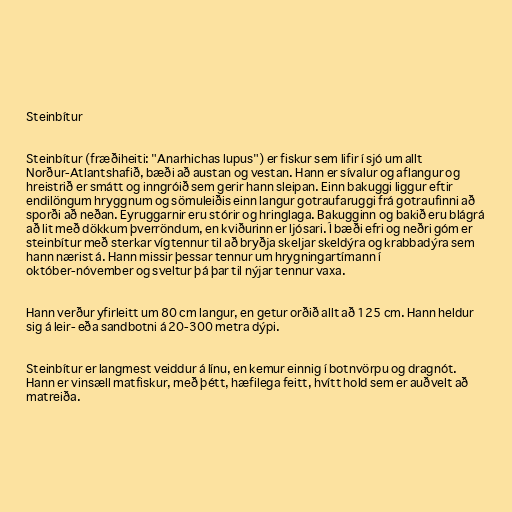
Steinbítur

Steinbítur (fræðiheiti: "Anarhichas lupus") er fiskur sem lifir í sjó um allt
Norður-Atlantshafið, bæði að austan og vestan. Hann er sívalur og aflangur og
hreistrið er smátt og inngróið sem gerir hann sleipan. Einn bakuggi liggur eftir
endilöngum hryggnum og sömuleiðis einn langur gotraufaruggi frá gotraufinni að
sporði að neðan. Eyruggarnir eru stórir og hringlaga. Bakugginn og bakið eru blágrá
að lit með dökkum þverröndum, en kviðurinn er ljósari. Í bæði efri og neðri góm er
steinbítur með sterkar vígtennur til að bryðja skeljar skeldýra og krabbadýra sem
hann nærist á. Hann missir þessar tennur um hrygningartímann í
október-nóvember og sveltur þá þar til nýjar tennur vaxa.

Hann verður yfirleitt um 80 cm langur, en getur orðið allt að 125 cm. Hann heldur
sig á leir- eða sandbotni á 20-300 metra dýpi.

Steinbítur er langmest veiddur á línu, en kemur einnig í botnvörpu og dragnót.
Hann er vinsæll matfiskur, með þétt, hæfilega feitt, hvítt hold sem er auðvelt að
matreiða.